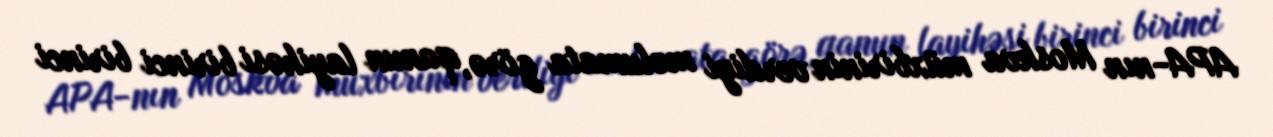
APA-nın Moskva müxbirinin verdiyi məlumata görə, qanun layihəsi birinci birinci